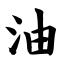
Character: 油